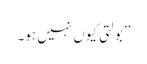
’’بولتی کیوں نہیں ہو۔